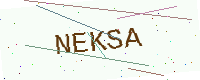
Text: NEKSA